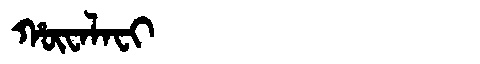
Manchu: ᡥᡡᠸᠠᠯᠠᠸᡳ
Romanization: HŪWALAFI